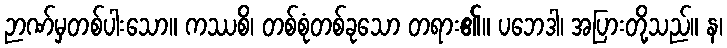
ဉာဏ်မှတစ်ပါးသော။ ကဿစိ၊ တစ်စုံတစ်ခုသော တရား၏။ ပဘေဒါ၊ အပြားတို့သည်။ န၊